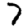
Digit: 7